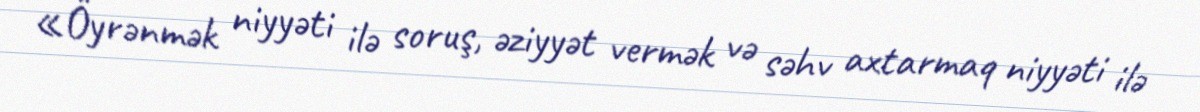
«Öyrənmək niyyəti ilə soruş, əziyyət vermək və səhv axtarmaq niyyəti ilə